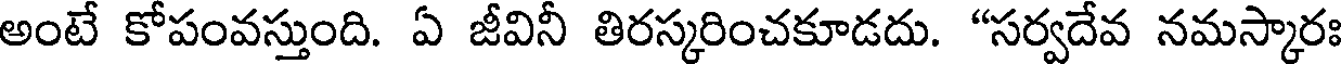
అంటే కోపంవస్తుంది. ఏ జీవినీ తిరస్కరించకూడదు. "సర్వదేవ నమస్కారః